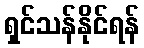
ရှင်သန်နိုင်ရန်